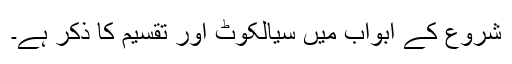
شروع کے ابواب میں سیالکوٹ اور تقسیم کا ذکر ہے۔